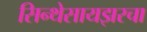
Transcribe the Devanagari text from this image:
सिन्थेसायझरचा